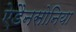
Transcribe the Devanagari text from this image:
ऐडैनसोनिया